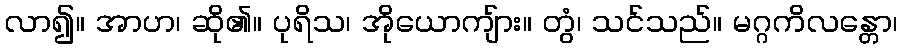
လာ၍။ အာဟ၊ ဆို၏။ ပုရိသ၊ အိုယောကျ်ား။ တွံ၊ သင်သည်။ မဂ္ဂကိလန္တော၊